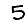
Digit: 5